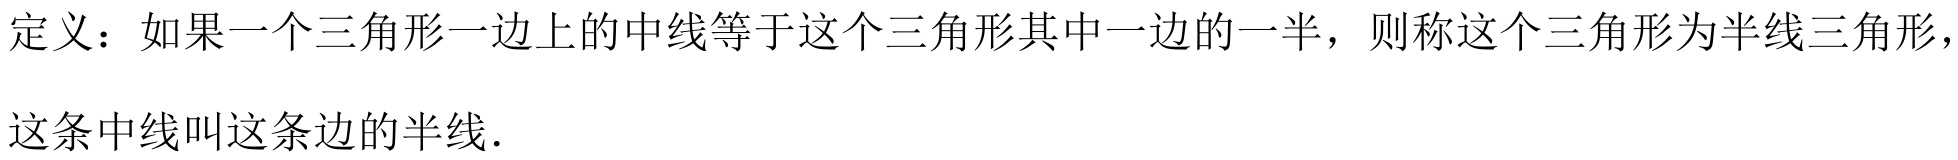
定义：如果一个三角形一边上的中线等于这个三角形其中一边的一半，则称这个三角形为半线三角形，这条中线叫这条边的半线．